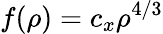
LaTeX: f(\rho)=c_{x}\rho^{4/3}